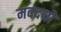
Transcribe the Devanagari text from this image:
मददयो